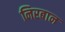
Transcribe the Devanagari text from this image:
निरबान